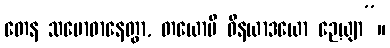
တေန သမောဓာနေတွာ, တယောပိ ဝိနယာဒယော ဉေယျာ”။